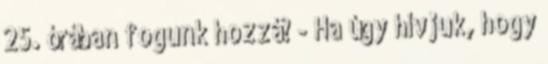
25. órában fogunk hozzá? - Ha úgy hívjuk, hogy